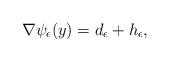
LaTeX: \begin{align*}\nabla \psi_{\epsilon} (y)= d_{\epsilon}+ h_{\epsilon},\end{align*}